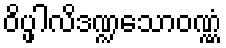
ဝိပ္ဖါလိဒဏ္ဍသောဝဏ္ဏံ